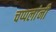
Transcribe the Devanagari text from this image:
चप्पलांनी